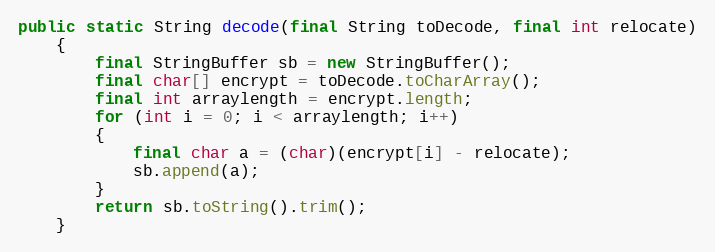
Language: Java
public static String decode(final String toDecode, final int relocate)
	{
		final StringBuffer sb = new StringBuffer();
		final char[] encrypt = toDecode.toCharArray();
		final int arraylength = encrypt.length;
		for (int i = 0; i < arraylength; i++)
		{
			final char a = (char)(encrypt[i] - relocate);
			sb.append(a);
		}
		return sb.toString().trim();
	}